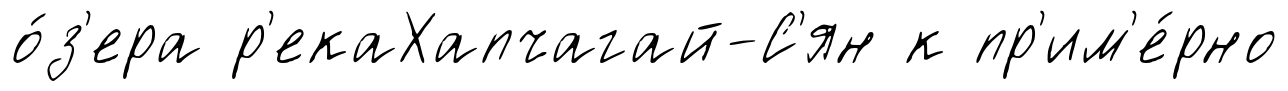
о́з'ера р'екаХапчагай-С'ян к пр'им'е́рно